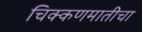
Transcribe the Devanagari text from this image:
चिक्कणमातीचा